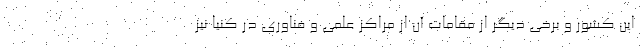
این کشور و برخی دیگر از مقامات آن از مراکز علمی و فناوری در کنیا نیز